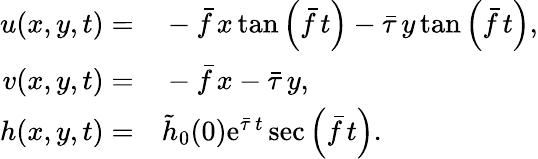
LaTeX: \begin{array}{rl}{u(x,y,t)=}&{{}-\bar{f}\, x\, \mathrm{tan}\left(\bar{f}\, t\right)-\bar{\tau}\, y\, \mathrm{tan}\left(\bar{f}\, t\right),}\\ {v(x,y,t)=}&{{}-\bar{f}\, x-\bar{\tau}\, y,}\\ {h(x,y,t)=}&{{}\tilde{h}_{0}(0)\mathrm{e}^{\bar{\tau}\, t}\sec\left(\bar{f}\, t\right).}\end{array}